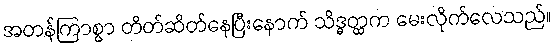
အတန်ကြာစွာ တိတ်ဆိတ်နေပြီးနောက် သိဒ္ဓတ္ထက မေးလိုက်လေသည်။